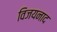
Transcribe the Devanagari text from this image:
विजयनाद